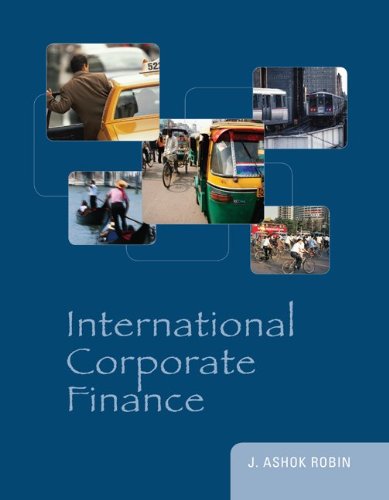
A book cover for International Corporate Finance (McGraw-Hill/Irwin Series in Finance, Insurance and Real Estate); J. Ashok Robin; Business & Money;